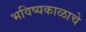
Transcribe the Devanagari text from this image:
भविष्यकाळाचे